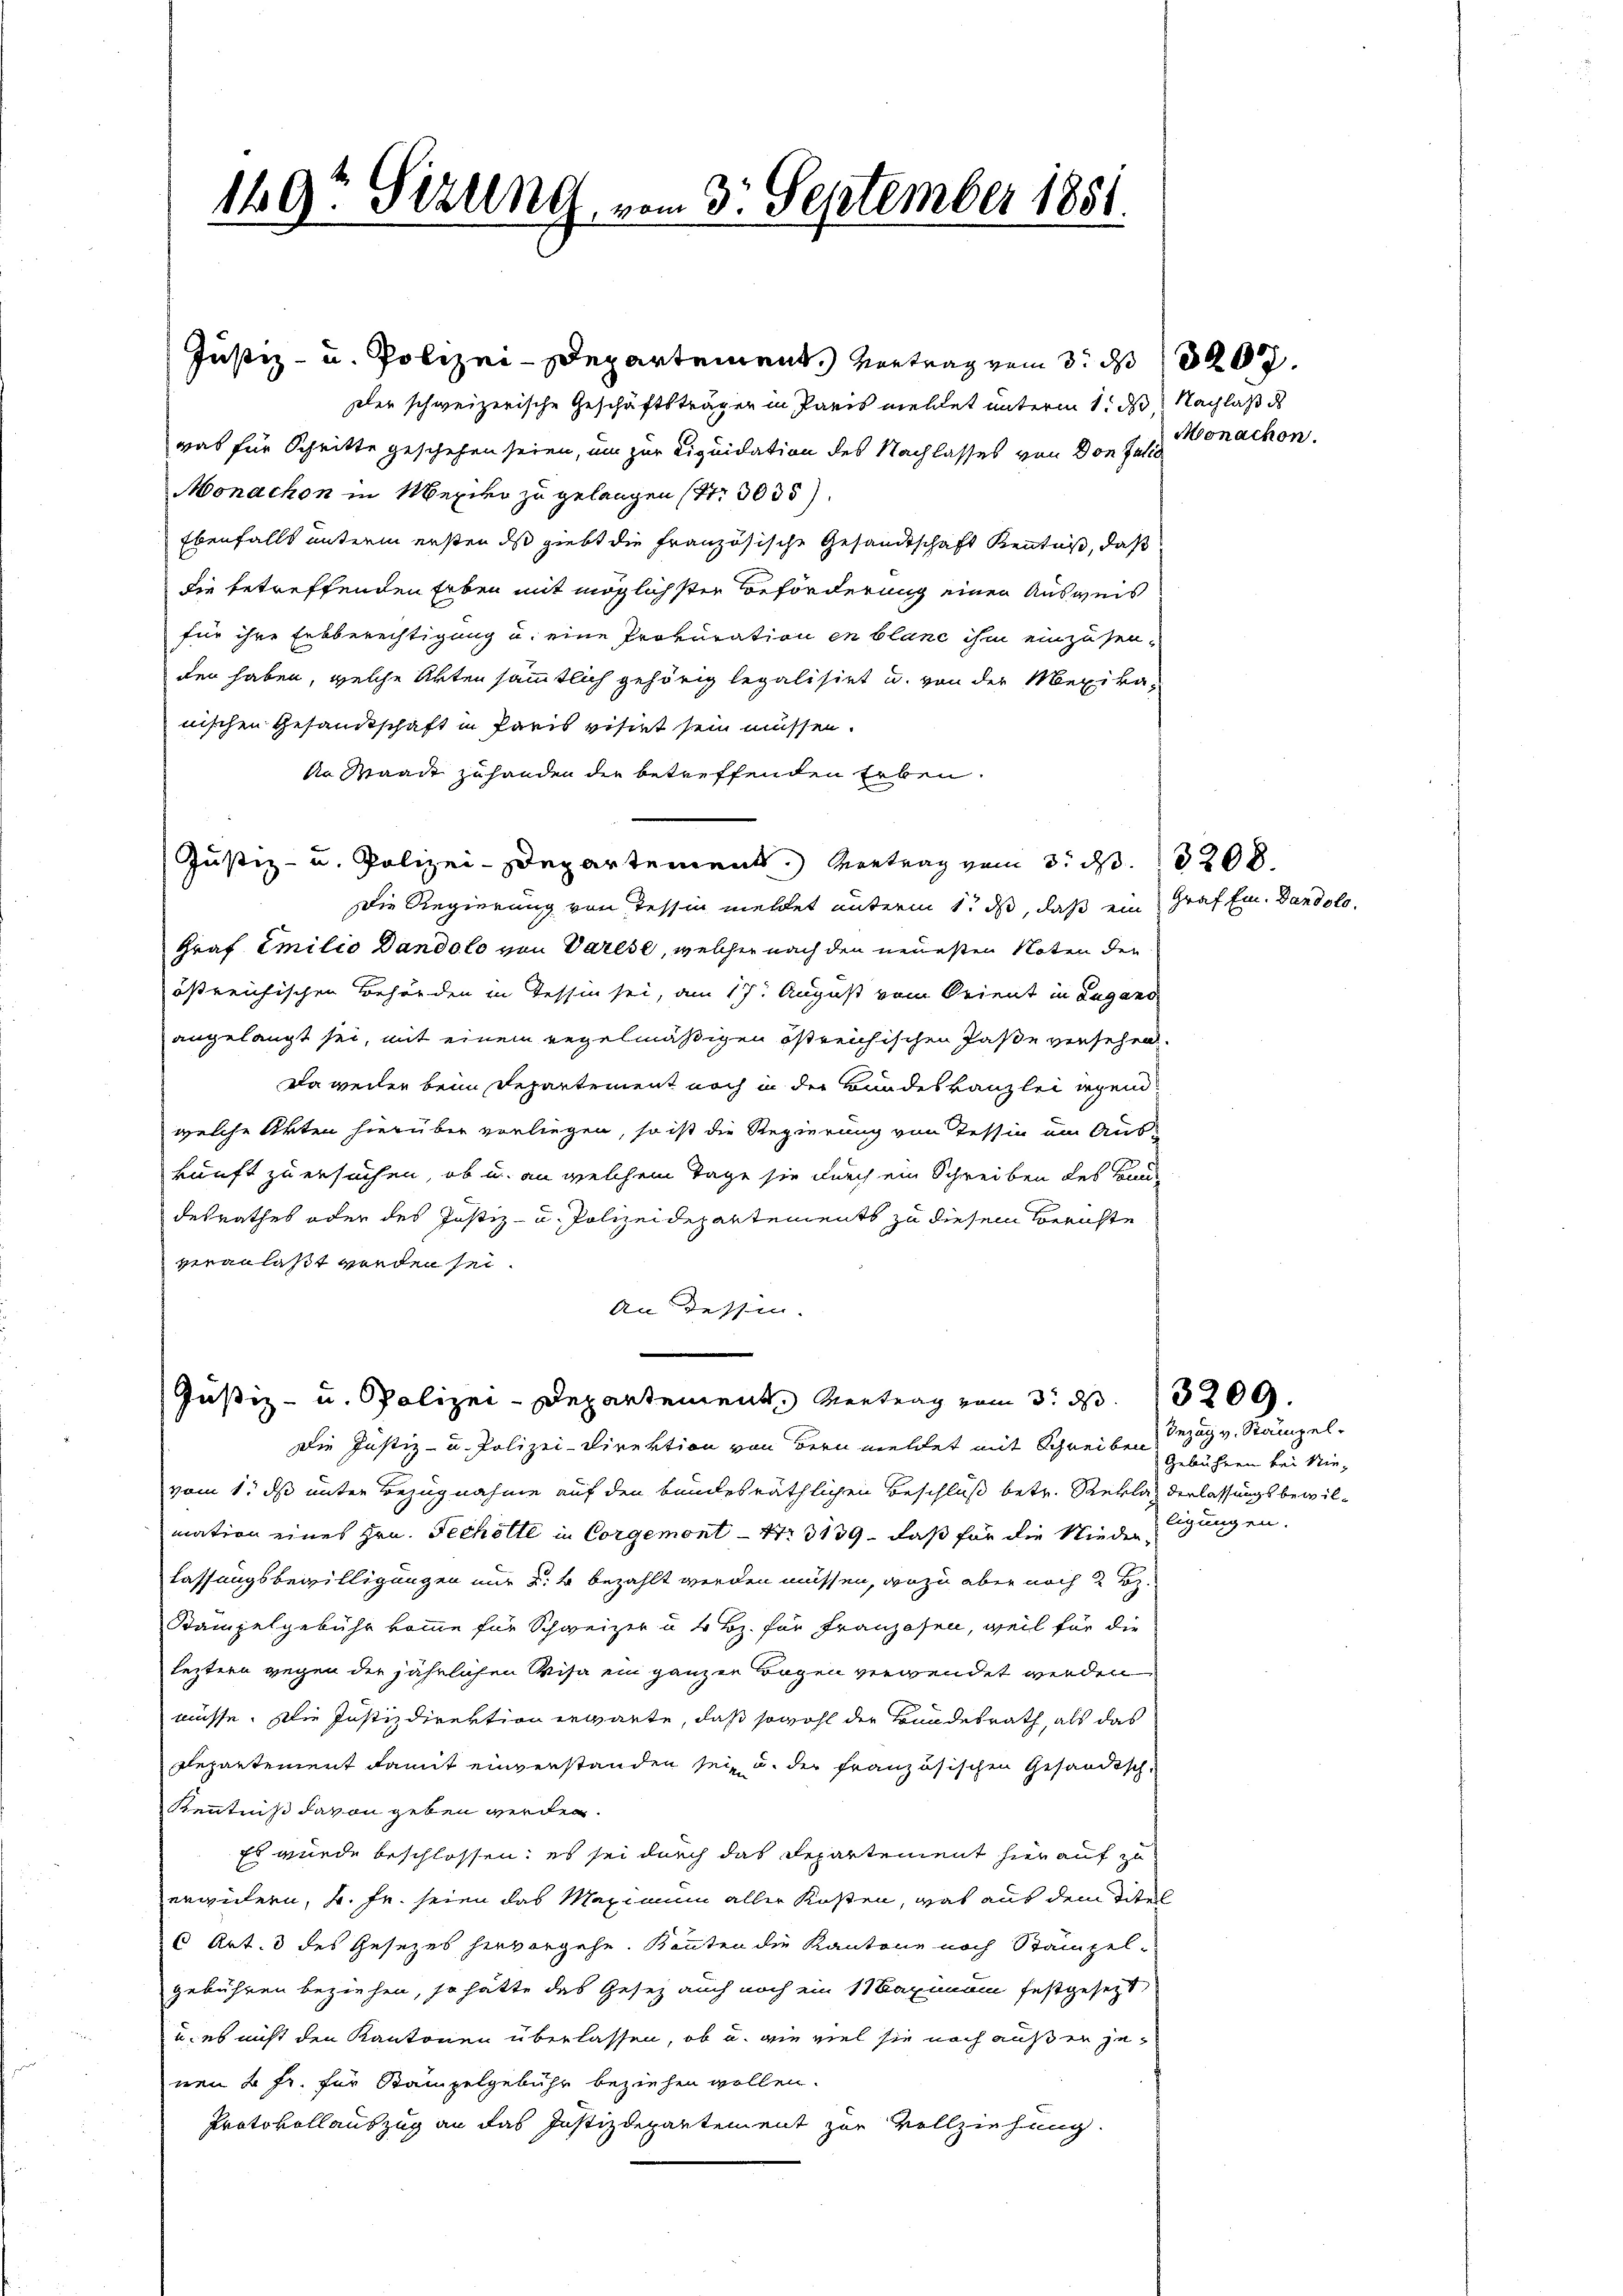
149t Sezung vom 3. September 1851.

Justiz- u. Polizei-Departement.) Vortrag vom 3. d. 207.
der schweizerische Geschäftsträger in Paris mellet unterm 1. ds Nachlaß ds
was für Schritte geschehen seien, um zur Liquidation des Nachlasses von Don Juli¬
Monachon in Mexier zu gelangen (S. 3035)
Ebenfalls unterm ersten das giebt die Französische Gesandtschaft Kenntniß, daß
die betreffenden Erben mit möglichster Beförderung einen Ausweis
für ihre Erbberechtigung u. eine Prokuration in blanc ihm einzusenden haben, welche Akten sämmtlich gehörig legalisirt u. von der Mexikanischen Gesandtschaft in Paris visirt sein müssen.
An Waadt zuhanden die betreffenden Erben.
Justiz- u. Polizei-Departement. Vertrag vom 3. d. 208.
Die Regierung von Tessin meldet unterm 1. ds, daß ein Graf ein. Dandolo¬
Graf Emilio Dandolo von Varese, welcher nach den neuesten Noten der
östreichischen Behörden in Tessin sei, am 17. August vom Krient in Lugano
angelangt sei, mit einem regelmäßigen östreichischen Paße versehen,
Da weiler beim Departement noch in der Bundeskanzlei irgend
welche Akten hierüber vorliegen, so ist die Regierung von Tessin um Auskunft zu ersuchen, ob u. an welchem Tage sie durch ein Schreiben des Bundesrathes oder des Justiz- u. Polizeidepartements zu diesem Berichte
veranlaßt werden sei.
An Tessin.
.
Justiz- u. Polizei-Departement Vertrag vom 3. d. 209.
Die Justiz- u. Polizei-Direktion von Bern meldet mit Schreiben
vom 1. ds unter Bezugnahme auf den bundesräthlichen Beschluß betr. Reklaz derlassungsbewilmation eines Hrn. Techolte in Corgemont 13139, daß für die Niederlassungsbewilligungen nur d. B. bezahlt werden müssen, wozu aber noch 2 S.
Stampelgebühr komme für Schweizer u. 4 Bz. für Franzosen, weil für die
leztern gegen der jährlichen Visa ein ganzen Bogen verwendet werden
müsse. Die Justizdirektion erwarte, daß sowohl der Bundesrath, als das
Departement damit einverstanden sei, u. der französischen Gesandtsche
Kenntniß davon geben werden.
Es wurde beschlossen: es sei durch das Departement hierauf zu
erwidern, u. fr. seien das Maximum aller Kosten, was aus dem Titel
6 Art. 3 des Gesezes hervorgehe. Könnten die Kantone noch Stämpelgebühren beziehen, so hätte das Gesetz auch noch ein 1 Maximum festgesetzt,
u. es nicht den Kantonen überlassen, ob u. wie viel sie noch außer jenen 2 Fr. für Stampelgebühr beziehen wollen.
Protokollauszug an das Justizdepartement zur Vollziehung.

Monachen.

Iezug v. Stämpel.
Gebühren bei Nieligungen.